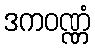
ဒကဝဏ္ဏံ